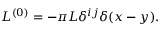
L ^ { ( 0 ) } = - \pi L \delta ^ { i j } \delta ( x - y ) .